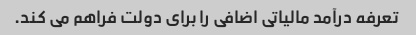
تعرفه درآمد مالیاتی اضافی را برای دولت فراهم می کند.